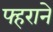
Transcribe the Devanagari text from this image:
फ्हराने